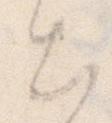
出